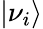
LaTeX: \left|\nu_{i}\right\rangle